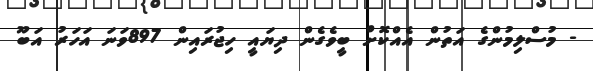
- މުސްލިމުންގެ އަތުން އެއްކޮށް ބީވެގެން ދިޔައީ ހިޖުރައިން 897ވަނަ އަހަރު އަބޫ